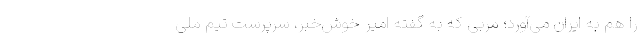
را هم به ایران می‌آورد؛ مربی که به گفته امیر خوش‌خبر، سرپرست تیم ملی